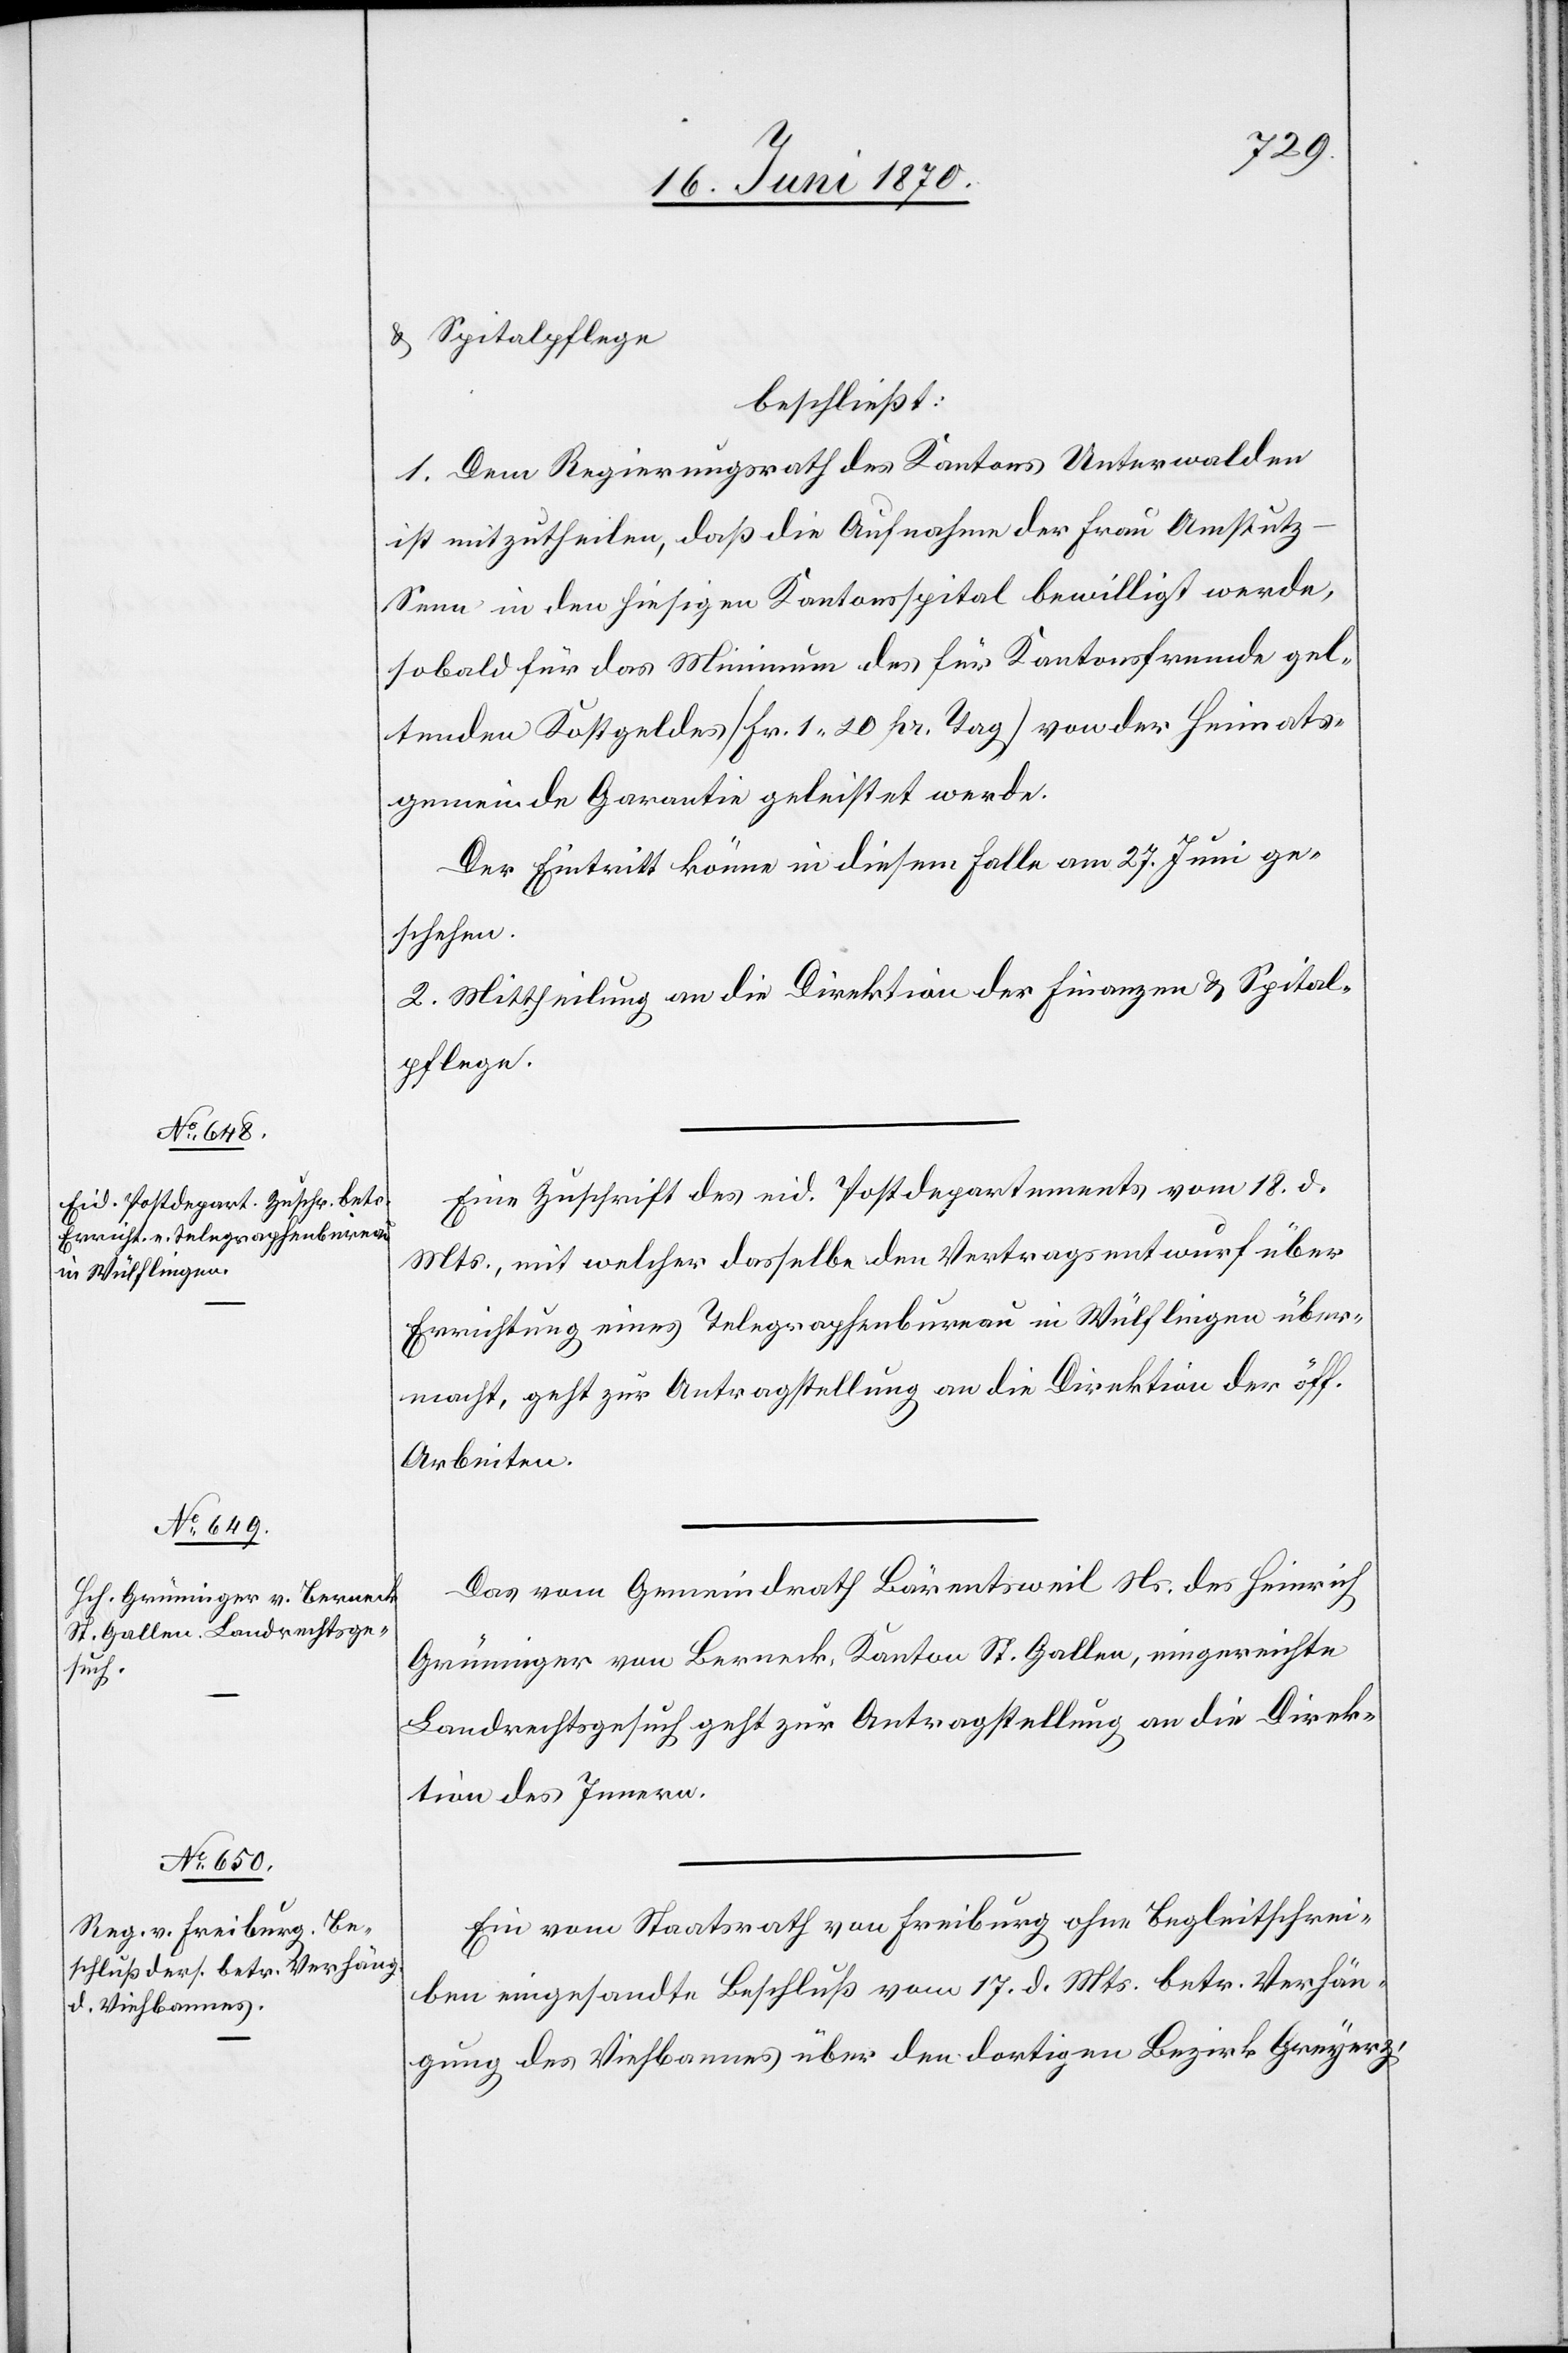
20. Juni 1870.]
& Spitalpflege
beschließt:
1. Dem Regierungsrath des Kantons Unterwalden
ist mitzutheilen, daß die Aufnahme der Frau Amstut¬
z-Senn in den hiesigen Kantonsspital bewilligt werde,
sobald für das Minimum des für Kantonsfreunde gel¬
tenden Kostgeldes [Fr. 1.20 pr. Tag] von der Heimats¬
gemeinde Garantie geleistet werde.
Der Eintritt könne in diesem Falle am 27. Juni ge¬
schehen.
2. Mittheilung an die Direktion der Finanzen & Spital¬
pflege.
Eine Zuschrift des eid. Postdepartements vom 18. d.
Mts., mit welcher dasselbe den Vertragsentwurf über
Errichtung eines Telegraphenbureau in Wülflingen über¬
macht, geht zur Antragstellung an die Direktion der öff.
Arbeiten.
Das vom Gemeindrath Bärentsweil Ns. des Heinrich
Grüninger von Berneck, Kanton St. Gallen, eingereichte
Landrechtsgesuch geht zur Antragstellung an die Direk¬
tion des Innern.
Ein vom Staatsrath von Freiburg ohne Begleitschrei¬
ben eingesandte Beschluß vom 17. d. Mts. betr. Verhän¬
gung des Viehbannes über den dortigen Bezirk Greyerz,